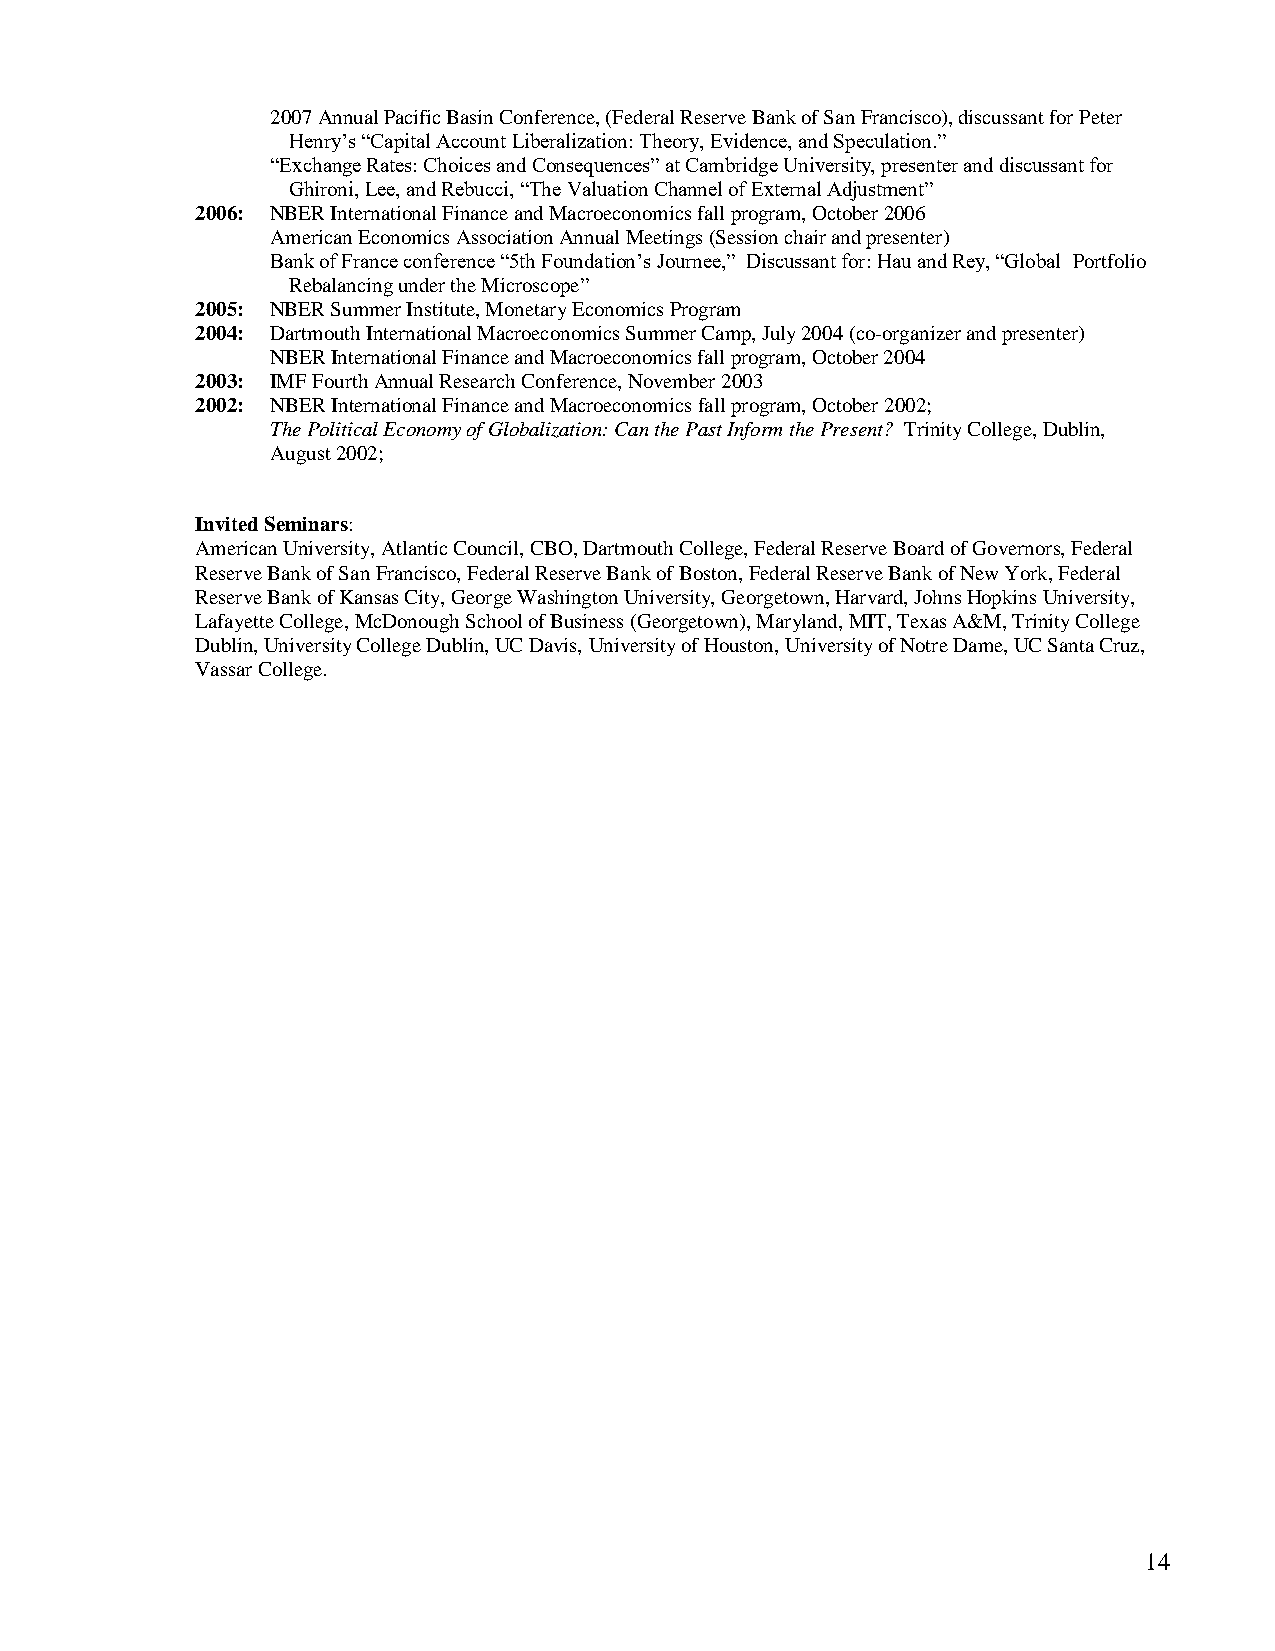
2007 Annual Pacific Basin Conference, (Federal Reserve Bank of San Francisco), discussant for Peter
 Henry’s “Capital Account Liberalization: Theory, Evidence, and Speculation.”
 “Exchange Rates: Choices and Consequences” at Cambridge University, presenter and discussant for
 Ghironi, Lee, and Rebucci, “The Valuation Channel of External Adjustment”
 2006: NBER International Finance and Macroeconomics fall program, October 2006
 American Economics Association Annual Meetings (Session chair and presenter)
 Bank of France conference “5th Foundation’s Journee,” Discussant for: Hau and Rey, “Global Portfolio
 Rebalancing under the Microscope”
 2005: NBER Summer Institute, Monetary Economics Program
 2004: Dartmouth International Macroeconomics Summer Camp, July 2004 (co-organizer and presenter)
 NBER International Finance and Macroeconomics fall program, October 2004
 2003: IMF Fourth Annual Research Conference, November 2003
 2002: NBER International Finance and Macroeconomics fall program, October 2002;
 The Political Economy of Globalization: Can the Past Inform the Present? Trinity College, Dublin,
 August 2002;
 Invited Seminars:
 American University, Atlantic Council, CBO, Dartmouth College, Federal Reserve Board of Governors, Federal
 Reserve Bank of San Francisco, Federal Reserve Bank of Boston, Federal Reserve Bank of New York, Federal
 Reserve Bank of Kansas City, George Washington University, Georgetown, Harvard, Johns Hopkins University,
 Lafayette College, McDonough School of Business (Georgetown), Maryland, MIT, Texas A&M, Trinity College
 Dublin, University College Dublin, UC Davis, University of Houston, University of Notre Dame, UC Santa Cruz,
 Vassar College.
 14